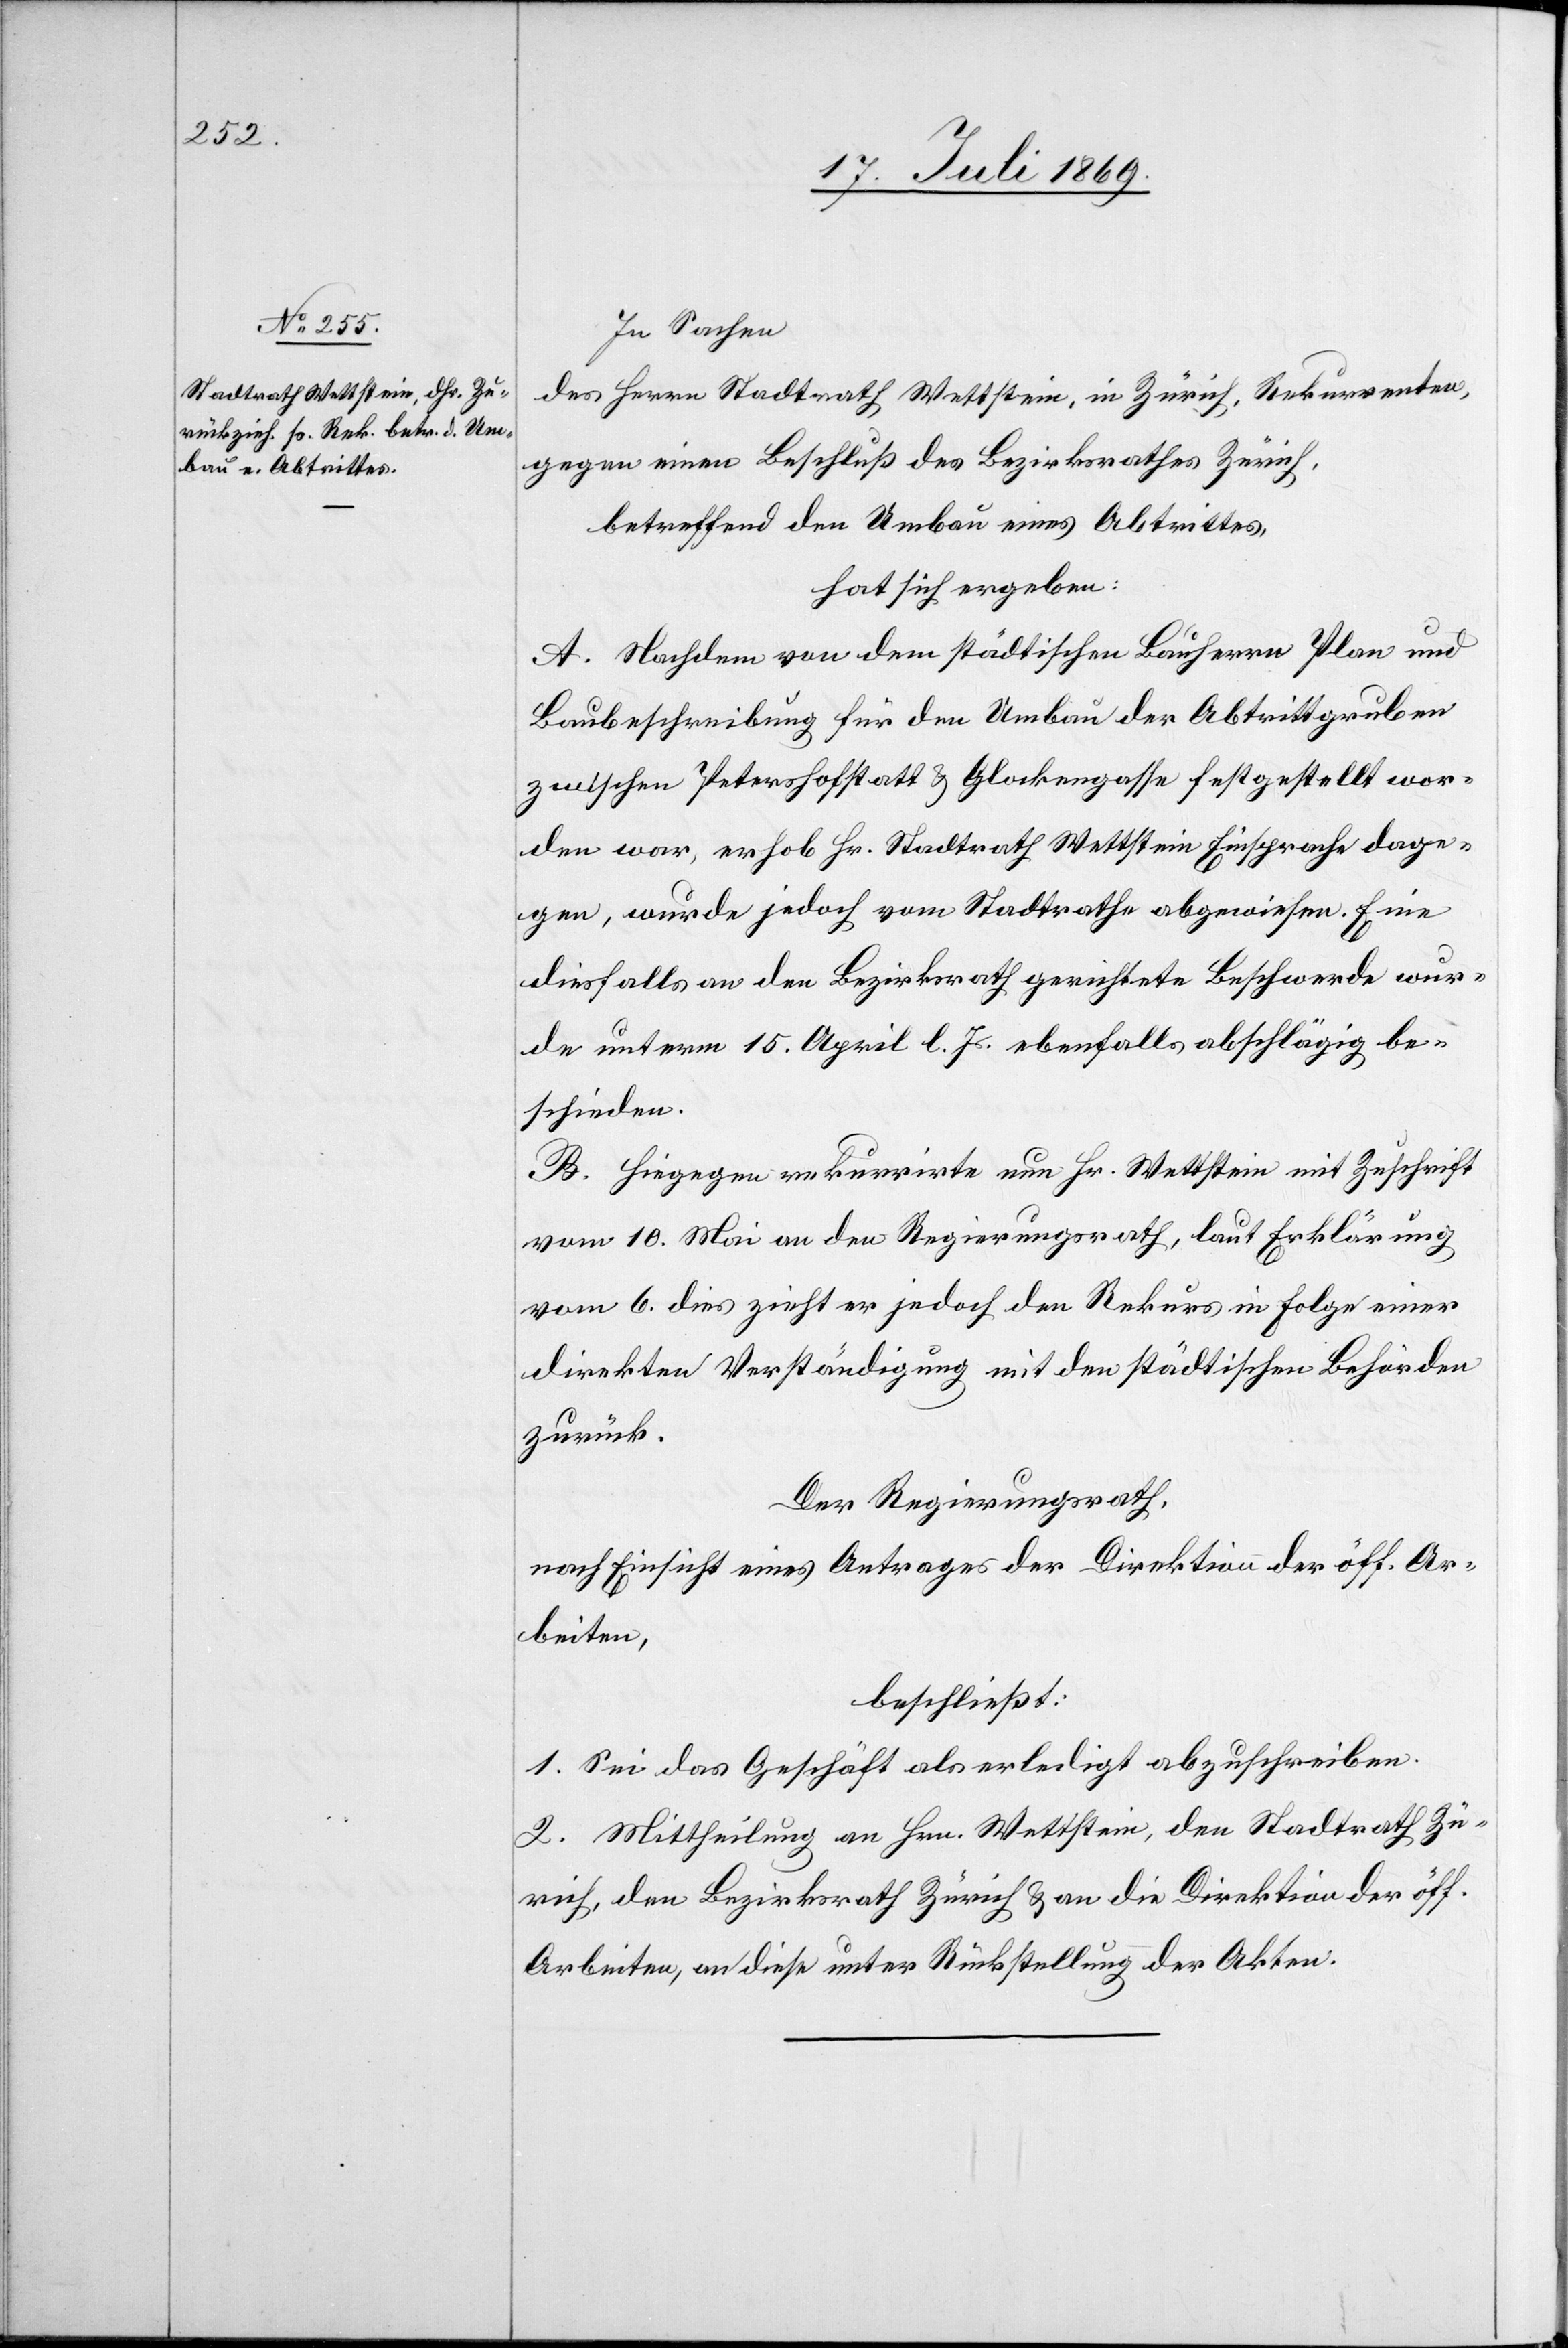
In Sachen
des Herrn Stadtrath Wettstein, in Zürich, Rekurrenten,
gegen einen Beschluß des Bezirksrathes Zürich,
betreffend den Umbau eines Abtrittes,
hat sich ergeben:
A. Nachdem von dem städtischen Bauherrn Plan und
Baubeschreibung für den Umbau der Abtrittgruben
zwischen Peterhofstatt u. Glockengasse festgestellt wor¬
den war, erhob Hr. Stadtrath Wettstein Einsprache dage¬
gen, wurde jedoch vom Stadtrathe abgewiesen. Eine
diesfalls an den Bezirksrath gerichtete Beschwerde wur¬
de unterm 15 April l. Js. ebenfalls abschlägig be¬
schieden.
B. Hiegegen rekurrirte nun Hr. Wettstein mit Zuschrift
vom 10 Mai an den Regierungsrath, laut Erklärung
vom 6 dies zieht er jedoch den Rekurs in Folge einer
direkten Verständigung mit den städtischen Behörden
zurück.
Der Regierungsrath,
nach Einsicht eines Antrages der Direktion der öff. Ar¬
beiten,
beschließt:
1. Sei das Geschäft als erledigt abzuschreiben.
2. Mittheilung an Hrn. Wettstein, den Stadtrath Zü¬
rich, den Bezirksrath Zürich u. an die Direktion der öff.
Arbeiten, an diese unter Rückstellung der Akten.